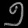
Digit: ၅